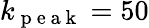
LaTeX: k_{\mathrm{~p~e~a~k~}}=50